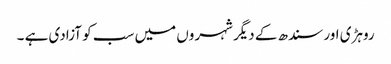
روہڑی اور سندھ کے دیگر شہروں میں سب کو آزادی ہے ۔